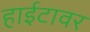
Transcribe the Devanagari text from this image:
हाईटावर